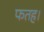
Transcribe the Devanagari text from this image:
फतह।